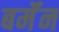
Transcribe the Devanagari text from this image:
बर्मॅन